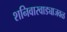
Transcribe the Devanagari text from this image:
शनिवारवाड्याजवळ